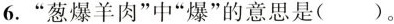
6.”葱爆羊肉”中”爆”的意思是( )。